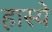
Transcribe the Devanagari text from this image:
हास्ये